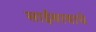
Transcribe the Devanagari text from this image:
साईबाबाचे